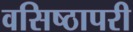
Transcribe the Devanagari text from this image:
वसिष्ठापरी